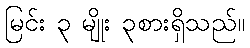
မြင်း ၃ မျိုး ၃စားရှိသည်။